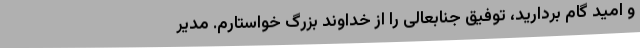
و امید گام بردارید، توفیق جنابعالی را از خداوند بزرگ خواستارم. مدیر